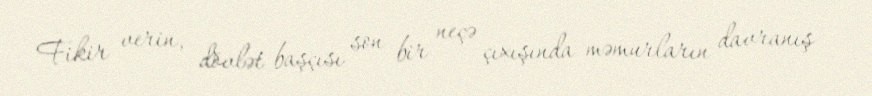
Fikir verin, dövlət başçısı son bir neçə çıxışında məmurların davranış